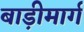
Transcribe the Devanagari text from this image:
बाड़ीमार्ग